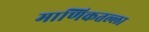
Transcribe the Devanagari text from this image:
माणिकतल्ला